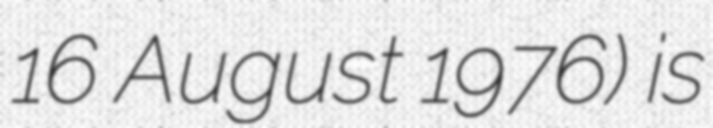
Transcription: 16 August 1976) is